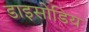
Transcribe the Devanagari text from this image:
डाइसोडिय